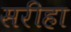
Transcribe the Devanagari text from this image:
सरीहा